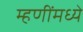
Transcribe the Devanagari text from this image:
म्हणींमध्ये